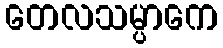
တေလသမ္ပာကေ